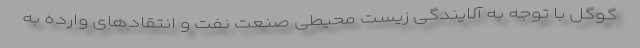
گوگل با توجه به آلایندگی زیست محیطی صنعت نفت و انتقادهای وارده به